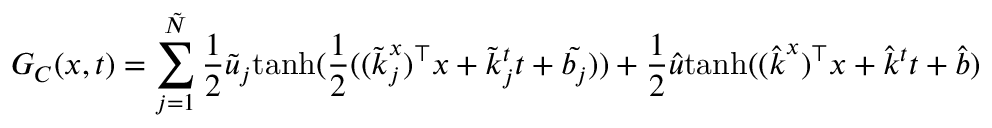
G _ { C } ( \boldsymbol { x } , t ) = \sum _ { j = 1 } ^ { \tilde { N } } \frac { 1 } { 2 } \tilde { u } _ { j } \mathrm { t a n h } ( \frac { 1 } { 2 } ( ( \boldsymbol { \tilde { k } } _ { j } ^ { x } ) ^ { \top } \boldsymbol { x } + \tilde { k } _ { j } ^ { t } t + \tilde { b _ { j } } ) ) + \frac { 1 } { 2 } \hat { u } \mathrm { t a n h } ( ( \boldsymbol { \hat { k } } ^ { x } ) ^ { \top } \boldsymbol { x } + \hat { k } ^ { t } t + \hat { b } )